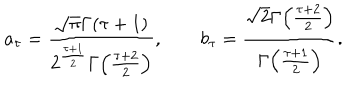
LaTeX: a _ { \tau } = { \frac { \sqrt { \pi } \Gamma ( \tau + 1 ) } { 2 ^ { \frac { \tau + 1 } { 2 } } \Gamma \! \left( { \frac { \tau + 2 } { 2 } } \right) } } , \qquad b _ { \tau } = { \frac { \sqrt { 2 } \Gamma \! \left( { \frac { \tau + 2 } { 2 } } \right) } { \Gamma \! \left( { \frac { \tau + 1 } { 2 } } \right) } } .